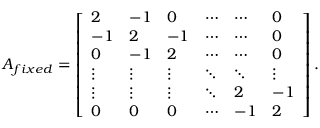
A _ { f i x e d } = \left[ \begin{array} { l l l l l l } { 2 } & { - 1 } & { 0 } & { \cdots } & { \cdots } & { 0 } \\ { - 1 } & { 2 } & { - 1 } & { \cdots } & { \cdots } & { 0 } \\ { 0 } & { - 1 } & { 2 } & { \cdots } & { \cdots } & { 0 } \\ { \vdots } & { \vdots } & { \vdots } & { \ddots } & { \ddots } & { \vdots } \\ { \vdots } & { \vdots } & { \vdots } & { \ddots } & { 2 } & { - 1 } \\ { 0 } & { 0 } & { 0 } & { \cdots } & { - 1 } & { 2 } \end{array} \right] .